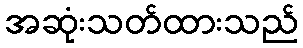
အဆုံးသတ်ထားသည်